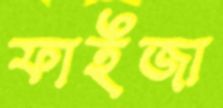
ফাইজা